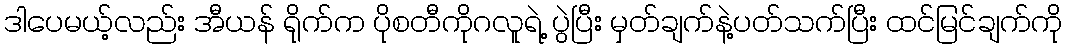
ဒါပေမယ့်လည်း အီယန် ရိုက်က ပိုစတီကိုဂလူရဲ့ ပွဲပြီး မှတ်ချက်နဲ့ပတ်သက်ပြီး ထင်မြင်ချက်ကို